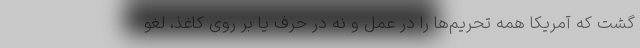
گشت که آمریکا همه تحریم‌ها را در عمل و نه در حرف یا بر روی کاغذ، لغو